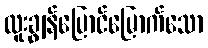
ထူးချွန်ပြောင်မြောက်သော